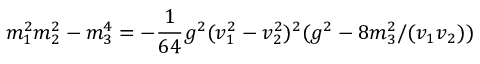
m _ { 1 } ^ { 2 } m _ { 2 } ^ { 2 } - m _ { 3 } ^ { 4 } = - \frac { 1 } { 6 4 } g ^ { 2 } ( v _ { 1 } ^ { 2 } - v _ { 2 } ^ { 2 } ) ^ { 2 } ( g ^ { 2 } - 8 m _ { 3 } ^ { 2 } / ( v _ { 1 } v _ { 2 } ) )